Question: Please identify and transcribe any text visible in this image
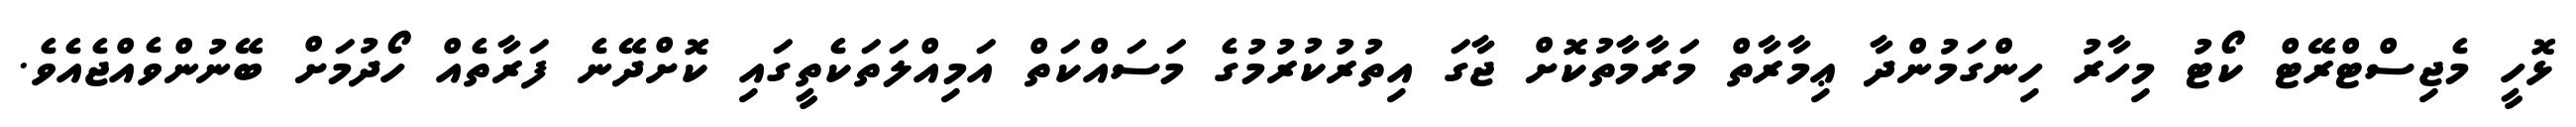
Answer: ޅޮހީ މެޖިސްޓްރޭޓް ކޯޓު މިހާރު ހިންގަމުންދާ ޢިމާރާތް މަރާމާތުކޮށް ޖާގަ އިތުރުކުރުމުގެ މަސައްކަތް އަމިއްލަތަކެތީގައި ކޮށްދޭނެ ފަރާތެއް ހޯދުމަށް ބޭނުންވެއްޖެއެވެ.